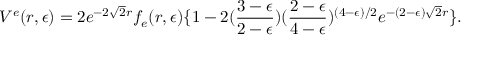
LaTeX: V ^ { e } ( r , \epsilon ) = 2 e ^ { - 2 \sqrt 2 r } f _ { e } ( r , \epsilon ) \{ 1 - 2 ( { \frac { 3 - \epsilon } { 2 - \epsilon } } ) ( { \frac { 2 - \epsilon } { 4 - \epsilon } } ) ^ { ( 4 - \epsilon ) / 2 } e ^ { - ( 2 - \epsilon ) \sqrt 2 r } \} .